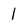
Character: 1